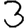
Digit: 3